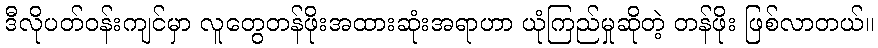
ဒီလိုပတ်ဝန်းကျင်မှာ လူတွေတန်ဖိုးအထားဆုံးအရာဟာ ယုံကြည်မှုဆိုတဲ့ တန်ဖိုး ဖြစ်လာတယ်။